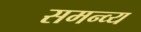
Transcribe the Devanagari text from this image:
समन्व्य